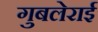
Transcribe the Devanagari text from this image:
गुबलेराई